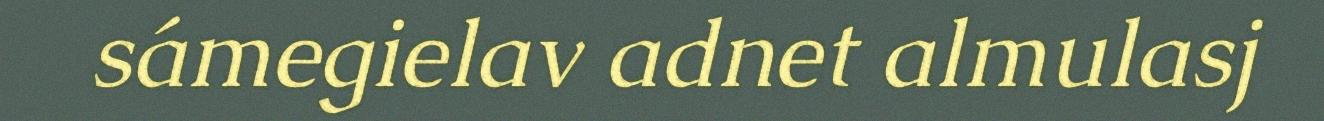
sámegielav adnet almulasj